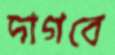
দাগবে